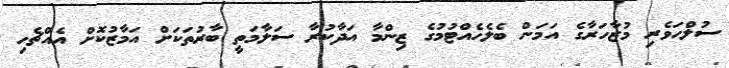
ސުލްހަވެރި މުޒާހަރާގެ އަމަން ބެލެހެއްޓުމުގެ ޒިންމާ އަދާކުރާ ސަލާމަތީ ބާރުތަކަށް އަމާޒުކޮށް އެއްޗެހި